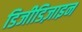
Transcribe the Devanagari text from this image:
डिजीडिज़ाइन